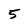
Character: 5